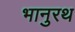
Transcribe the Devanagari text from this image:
भानुरथ